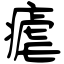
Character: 瘧